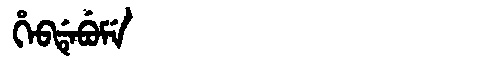
Manchu: ᡥᡝᠪᡩᡝᠪᡠᠮᡝ
Romanization: HEBDEBUME